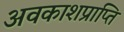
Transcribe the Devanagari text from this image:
अवकाशप्राप्ति